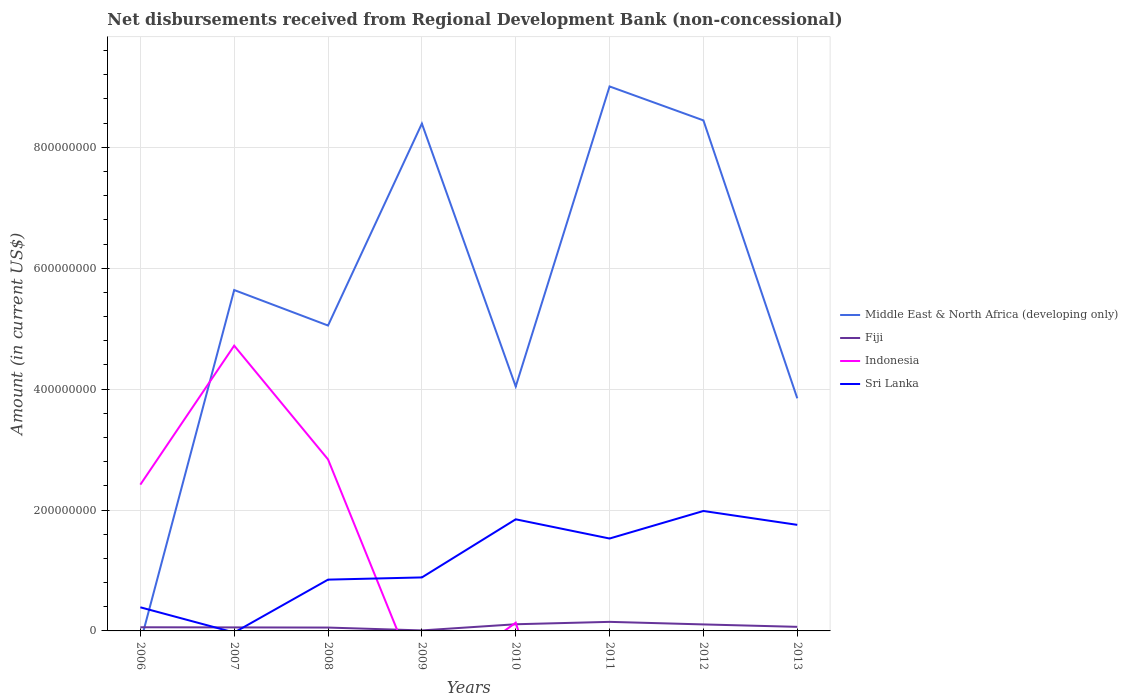
| Years | Middle East & North Africa (developing only) | Fiji | Indonesia | Sri Lanka |
 | --- | --- | --- | --- | --- |
 | 2006 | -1.96e+07 | 6.05e+06 | 2.42e+08 | 3.91e+07 |
 | 2007 | 5.64e+08 | 5.80e+06 | 4.72e+08 | -2.65e+06 |
 | 2008 | 5.05e+08 | 5.56e+06 | 2.84e+08 | 8.48e+07 |
 | 2009 | 8.39e+08 | 8.38e+05 | -9.94e+07 | 8.85e+07 |
 | 2010 | 4.04e+08 | 1.1e+07 | 1.36e+07 | 1.85e+08 |
 | 2011 | 9.01e+08 | 1.5e+07 | -4.65e+08 | 1.53e+08 |
 | 2012 | 8.45e+08 | 1.07e+07 | -3.26e+08 | 1.98e+08 |
 | 2013 | 3.85e+08 | 6.74e+06 | -7.49e+08 | 1.75e+08 |